Indian journal of veterinary science and animal husbandry - Volume 10,
Year: 1940
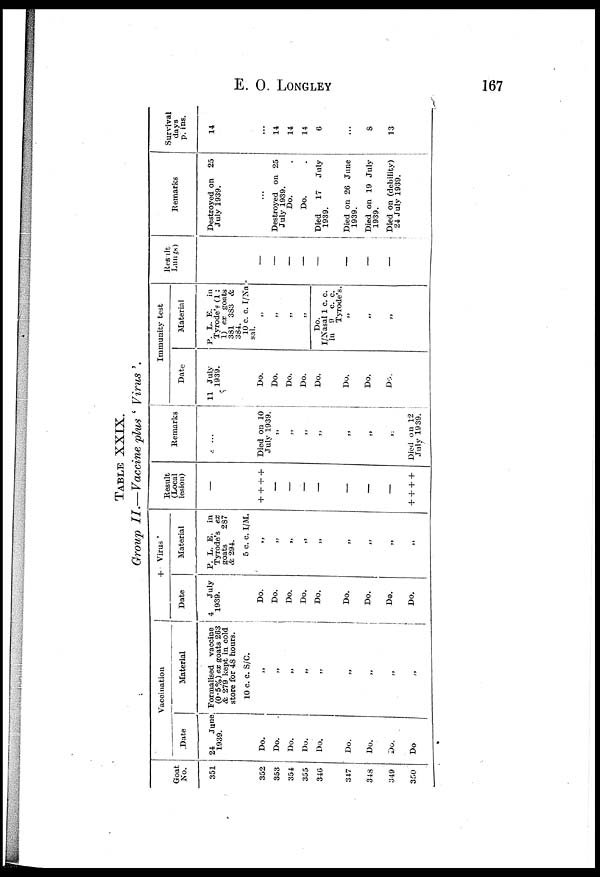
E.
O.
LONGLEY
167
TABLE XXIX.
Group II.—Vaccine plus ' Virus '.
Goat
No.
351
352
353
354
355
346
347
348
349
350
Vaccination
Date
24
June
1939.
Do.
Do.
Do.
Do.
Do.
Do.
Do.
Do.
Do
Material
Formalised vaccine
(0.5%) ex goats 263
& 279 kept in. cold
store for 48 hours.
10 c. c. S/C.
„
„
„
„
„
„
„
„
„
+ Virus '
Date
4
July
1939.
Do.
Do.
Do.
Do.
Do.
Do.
Do.
Do.
Do.
Material
P. L. E. in
Tyrode's ex
goats
287
&294.
5 c. c. I/M.
„
„
„
„
„
„
„
„
„
Result
(Local
lesion)
—
+ + + +
—
—
—
—
—
—
—
+ + + +
Remarks
...
Died on 10
July 1939.
„
„
„
„
„
„
„
Died on 12
July 1939.
Immunity test
Date
11 July
1939.
Do.
Do.
Do.
Do.
Do.
Do.
Do.
Do.
Material
P. L. E.
in
Tyrode's (1:
1) ex goats
381 383 &
384.
10 c. c. I/Na
„
„
„
„
Do.
I/Nasal 1 c. c.
in 9 c. c.
Tyrode's.
„
„
„
Result
Lungs)
—
—
—
—
—
—
—
—
Remarks
Destroyed on 25
July 1939.
...
Destroyed on 25
July 1939.
Do.
Do.
Died
17
July
1939.
Died on 26 June
1939.
Died on 19 July
1939.
Died on (debility)
24 July 1939.
Survival
days
p. ins.
14
...
14
14
14
6
...
8
13